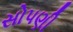
સોપણી